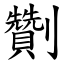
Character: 劗